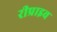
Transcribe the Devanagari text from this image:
रीप्राइव